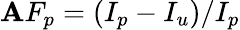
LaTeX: \mathbf{A}F_{p}=(I_{p}-I_{u})/I_{p}